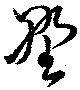
野